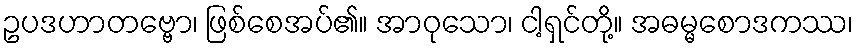
ဥပဒဟာတဗ္ဗော၊ ဖြစ်စေအပ်၏။ အာဝုသော၊ ငါ့ရှင်တို့။ အဓမ္မစောဒကဿ၊